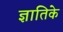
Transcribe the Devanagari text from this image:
ज्ञातिके